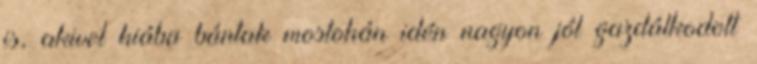
is, akivel hiába bántak mostohán idén nagyon jól gazdálkodott